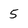
Character: 5